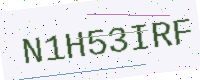
Text: N1H53IRF